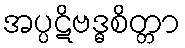
အပ္ပဋိဗဒ္ဓစိတ္တာ